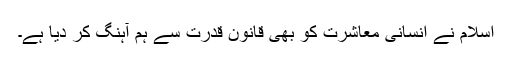
اسلام نے انسانی معاشرت کو بھی قانون قدرت سے ہم آہنگ کر دیا ہے۔